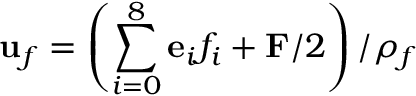
\mathbf { u } _ { f } = \left( \sum _ { i = 0 } ^ { 8 } \mathbf { e } _ { i } f _ { i } + \mathbf { F } / 2 \right) / \rho _ { f }